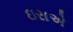
ઇરાએ